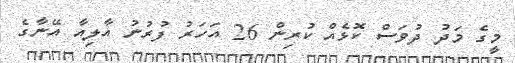
މީގެ މަދު ދުވަސް ކޮޅެއް ކުރިން 26 އަހަރު ފުރުނު އާލިއާ އޭނާގެ